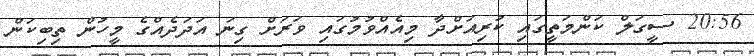
20:56 ސީގަލް ކަންމަތީގައި ކުރިއަށްދާ މިއެއްވުމުގައި ވަރަށް ގިނަ އަދަދެއްގެ މީހުން ތިބިކަން